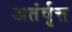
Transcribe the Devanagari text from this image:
अतंर्वृत्त